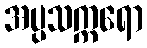
အပ္ပသက္ကရော